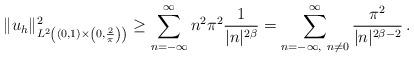
LaTeX: \begin{align*}\|u_h\| ^2_{L^2\left ((0,1)\times \left (0, \frac{2}{\pi}\right )\right )} \geq \sum ^{\infty }_{n=-\infty } n^2 \pi ^2\frac{1}{|n|^{2\beta}} = \sum ^{\infty }_{n=-\infty , \ n\ne 0}\frac{\pi^2 }{|n|^{2\beta -2}}\, .\end{align*}